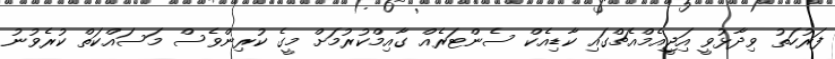
ފަރުހަތު ވިދާޅުވީ އަިޖީއެމްއެޗްގައި ކާޑިއެކް ސެންޓަރެއް ގާއިމްކުރުމަށް މީގެ ކުރިންވެސް މަސައްކަތް ކުރެވުނު